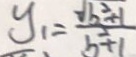
y _ { 1 } = \frac { \sqrt { b ^ { 2 } + 1 } } { b ^ { 2 } + 1 }